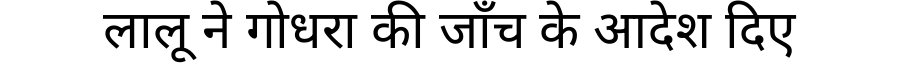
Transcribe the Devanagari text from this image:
लालू ने गोधरा की जाँच के आदेश दिए